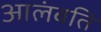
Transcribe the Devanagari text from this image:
आलंबति